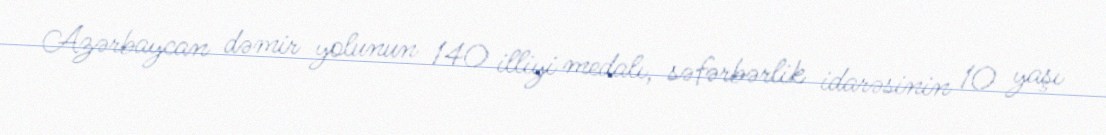
Azərbaycan dəmir yolunun 140 illiyi medalı, səfərbərlik idarəsinin 10 yaşı